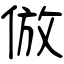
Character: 倣